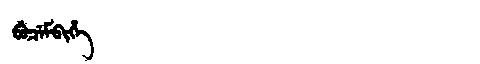
Manchu: ᠪᡠᠴᡝᠮᠪᡳᡥᡝ
Romanization: BUCEMBIHE